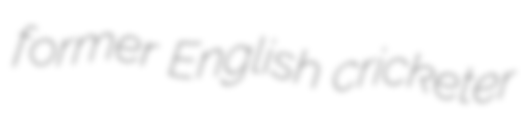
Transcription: former English cricketer